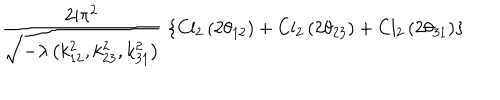
\frac { 2 \mathrm { i } \pi ^ { 2 } } { \sqrt { - \lambda \left( k _ { 1 2 } ^ { 2 } , k _ { 2 3 } ^ { 2 } , k _ { 3 1 } ^ { 2 } \right) } } \; \left\{ \mathrm { C l } _ { 2 } \left( 2 \theta _ { 1 2 } \right) + \mathrm { C l } _ { 2 } \left( 2 \theta _ { 2 3 } \right) + \mathrm { C l } _ { 2 } \left( 2 \theta _ { 3 1 } \right) \right\}